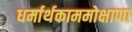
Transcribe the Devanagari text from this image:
धर्मार्थकाममोक्षाणा